On the morphology, teratology, and diclinism of the flowers of cannabis - Number 12
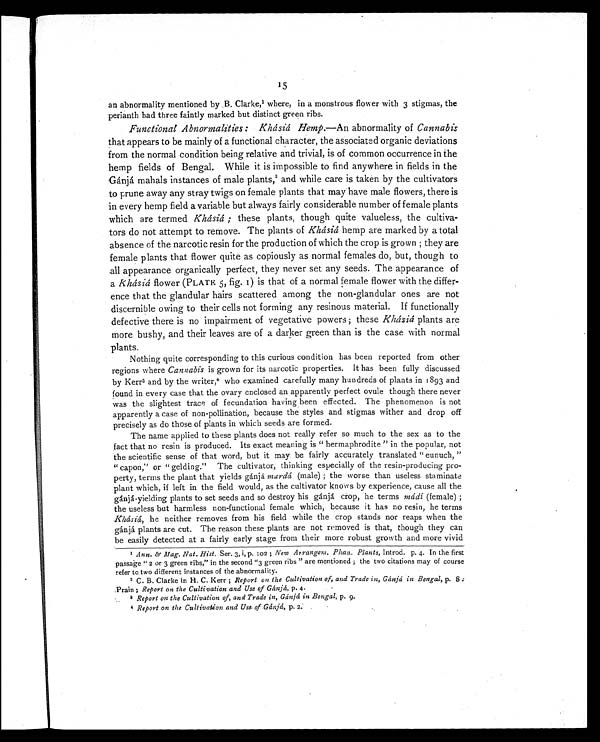
15
15
an abnormality mentioned by B. Clarke, 1 where, in a monstrous flower with 3 stigmas, the
perianth had three faintly marked but distinct green ribs.
Functional Abnormalities : Khásiá Hemp. —An abnormality of Cannabis
that appears to be mainly of a functional character, the associated organic deviations
from the normal condition being relative and trivial, is of common occurrence in the
hemp fields of Bengal. While it is impossible to find anywhere in fields in the
Gánjá mahals instances of male plants, 2and while care is taken by the cultivators
to prune away any stray twigs on female plants that may have male flowers, there is
in every hemp field a variable but always fairly considerable number of female plants
which are termed Khásiá ; these plants, though quite valueless, the cultiva-
tors do not attempt to remove. The plants of Khásiá hemp are marked by a total
absence of the narcotic resin for the production of which the crop is grown ; they are
female plants that flower quite as copiously as normal females do, but, though to
all appearance organically perfect, they never set any seeds. The appearance of
a Khásiá flower (PLATE 5, fig. 1) is that of a normal female flower with the differ-
ence that the glandular hairs scattered among the non-glandular ones are not
discernible owing to their cells not forming any resinous material. If functionally
defective there is no impairment of vegetative powers ; these Khásiá plants are
more bushy, and their leaves are of a darker green than is the case with normal
plants.
Nothing quite corresponding to this curious condition has been reported from other
regions where Cannabis is grown for its narcotic properties. It has been fully discussed
by Kerr 3 and by the writer, 4
who examined carefully many hundreds of plants in 1893 and
found in every case that the ovary enclosed an apparently perfect ovule though there never
was the slightest trace of fecundation having been effected. The phenomenon is not
apparently a case of non-pollination, because the styles and stigmas wither and drop off
precisely as do those of plants in which seeds are formed.
The name applied to these plants does not really refer so much to the sex as to the
fact that no resin is produced. Its exact meaning is "hermaphrodite" in the popular, not
the scientific sense of that word, but it may be fairly accurately translated "eunuch,"
"capon," or "gelding." The cultivator, thinking especially of the resin-producing pro-
perty, terms the plant that yields gánjá mardá (male) ; the worse than useless staminate
plant which, if left in the field would, as the cultivator knows by experience, cause all the
gánjá-yielding plants to set seeds and so destroy his gánjá crop, he terms mádí (female) ;
the useless but harmless non-functional female which, because it has no resin, he terms
Khásiá, he neither removes from his field while the crop stands nor reaps when the
gánjá plants are cut. The reason these plants are not removed is that, though they can
be easily detected at a fairly early stage from their more robust growth and more vivid
1
Ann. & Mag. Nat. Hist. Ser. 3, i, p. 102 ; New Arrangem. Phan. Plants, Introd. p. 4. In the first
passage "2 or 3 green ribs," in the second "3 green ribs" are mentioned ; the two citations may of course
refer to two different instances of the abnormality.
2 C. B. Clarke in H. C. Kerr ; Report on the Cultivation of, and Trade in, Gánjá in Bengal, p. 8 :
Prain ; Report on the Cultivation and Use of Gánjá, p. 4.
3Report on the Cultivation of, and Trade in, Gánjá in Bengal, p. 9.
4 Report on the Cultivation and Use of Gánjá, p. 2.